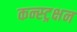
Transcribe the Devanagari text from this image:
कन्स्ट्रक्षन